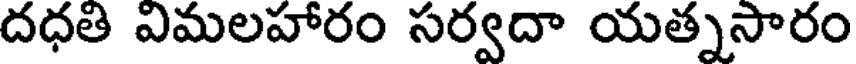
దధతి విమలహారం సర్వదా యత్నసారం